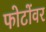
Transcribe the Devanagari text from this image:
फोटोंवर